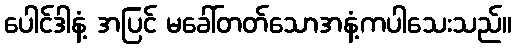
ပေါင်ဒါနံ့ အပြင် မခေါ်တတ်သောအနံ့ကပါသေးသည်။